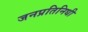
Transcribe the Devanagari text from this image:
जनप्रतिनिधी